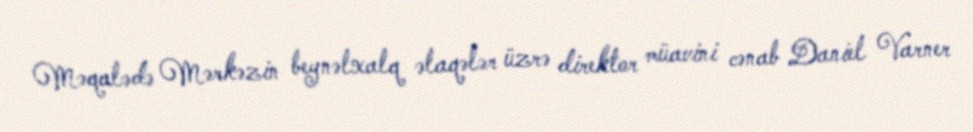
Məqalədə Mərkəzin beynəlxalq əlaqələr üzrə direktor müavini cənab Daniel Varner